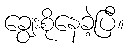
ချွေးစိုနေခဲ့ပြီ။